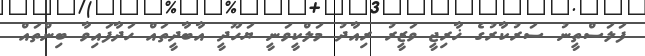
ފަލަސްތީނު ސަރުކާރުގެ ޚާރިޖީ ވަޒީރު ރިއާދު މަލްކީވަނީ ޔަހޫދީ އާބާދީތައް ހަދާފައިވާ ބިންތައް